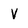
Character: V